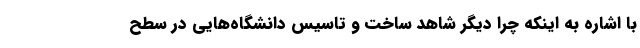
با اشاره به اینکه چرا دیگر شاهد ساخت و تاسیس دانشگاه‌هایی در سطح